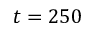
t = 2 5 0